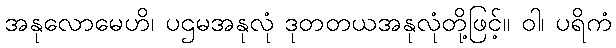
အနုလောမေဟိ၊ ပဌမအနုလုံ ဒုတတယအနုလုံတို့ဖြင့်။ ဝါ၊ ပရိကံ